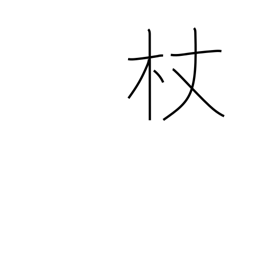
Meaning: staff